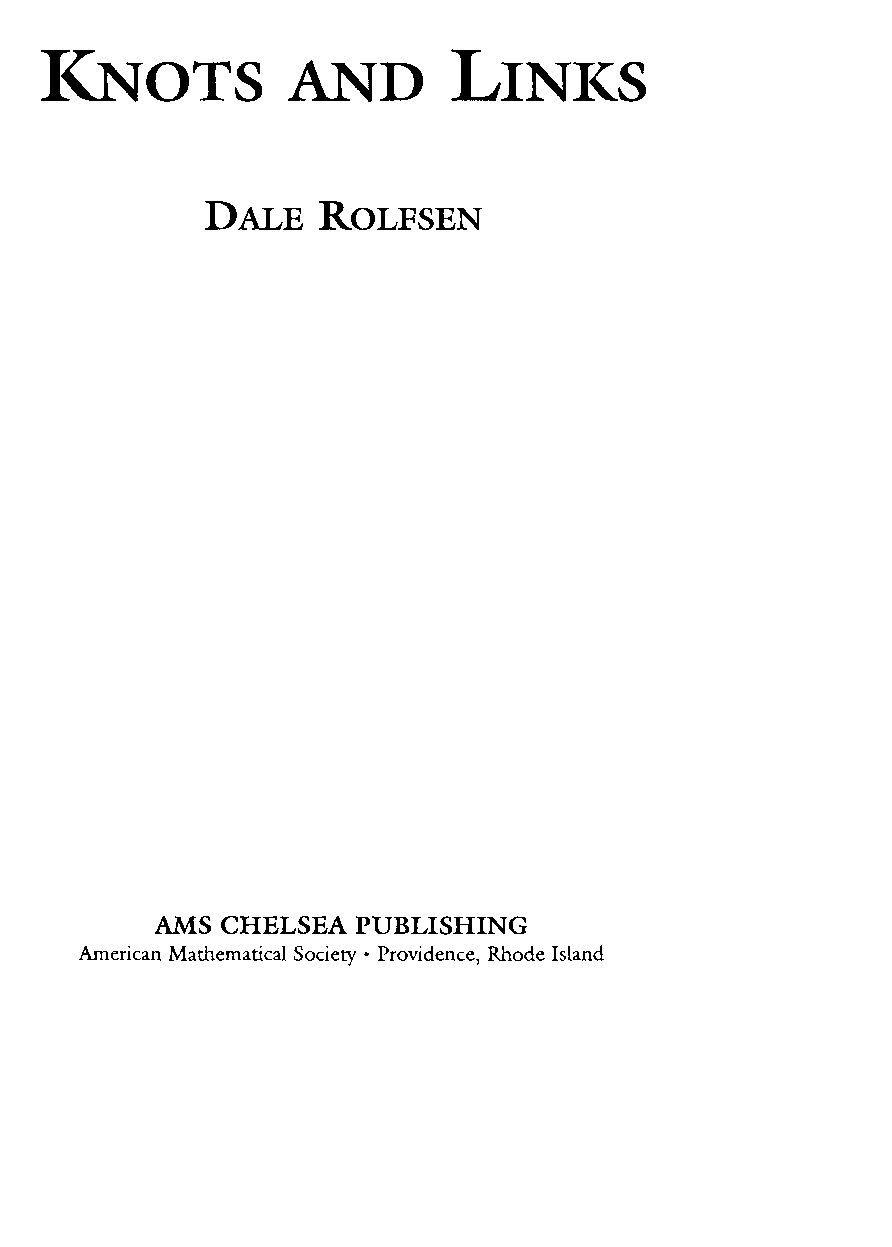
I<NOTS          AND        LINI<.S
 DALE   ROLFSEN
 AMS  CHELSEA  PUBLISHING
 American Mathematical Society • Providence, Rhode Island